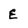
Character: E